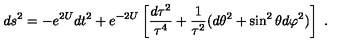
d s ^ { 2 } = - e ^ { 2 U } d t ^ { 2 } + e ^ { - 2 U } \left[ { \frac { d \tau ^ { 2 } } { \tau ^ { 4 } } } + { \frac { 1 } { \tau ^ { 2 } } } ( d \theta ^ { 2 } + \sin ^ { 2 } \theta d \varphi ^ { 2 } ) \right] \ .